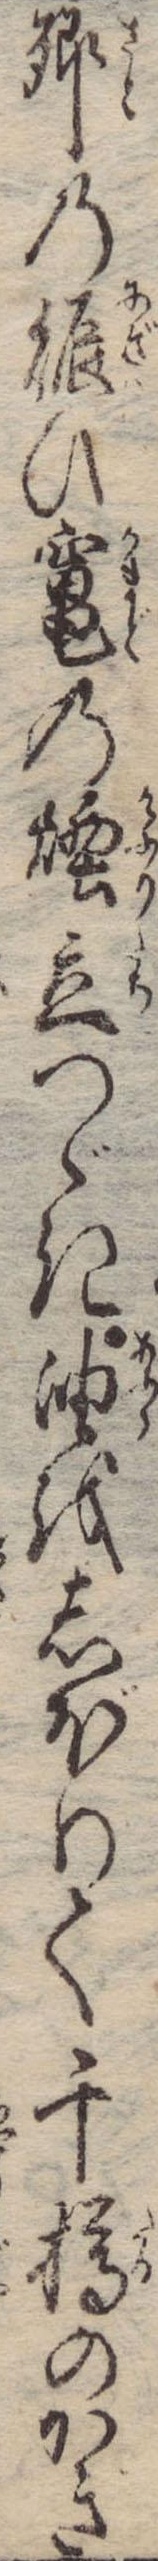
郷の賑ひ竃の煙立つゞき油をしぼりて千樽のかぎ